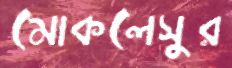
মোকলেসুর